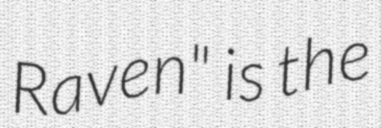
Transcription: Raven" is the